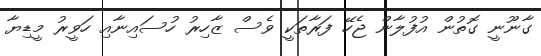
ގާނޫނީ ގޮތުން އުފުލާން ޖެހޭ ފަރާތަކީ ވެސް ޒާހިރު ހުސައިނާއި ހަވީރު މީޑިޔާ